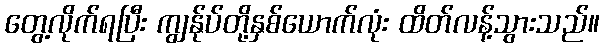
တွေ့လိုက်ရပြီး ကျွန်ုပ်တို့နှစ်ယောက်လုံး ထိတ်လန့်သွားသည်။